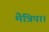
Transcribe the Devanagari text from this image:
मैत्रिपा।